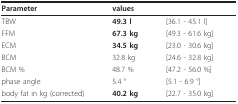
| Parameter | values |  |
 | --- | --- | --- |
 | TBW | 49.3 l | [36.1 - 45.1 l] |
 | FFM | 67.3 kg | [49.3 - 61.6 kg] |
 | ECM | 34.5 kg | [23.0 - 30.6 kg] |
 | BCM | 32.8 kg | [24.6 - 32.8 kg] |
 | BCM % | 48.7 % | [47.2 - 56.0 %] |
 | phase angle | 5.4 ° | [5.1 - 6.9 °] |
 | body fat in kg (corrected) | 40.2 kg | [22.7 - 35.0 kg] |